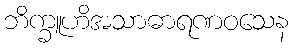
ဘိက္ခူဟိအသာဓာရဏဝသေန